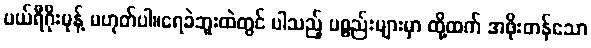
ပယ်ရီဂိုးမုန့် မဟုတ်ပါ။ရေခဲဘူးထဲတွင် ပါသည့် ပစ္စည်းများမှာ ထို့ထက် အဖိုးတန်သော